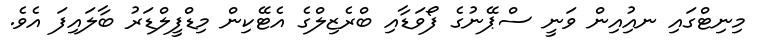
މިނިޓްގައި ނއިުއިން ވަނީ ސްޕޭނުގެ ފޯވަޑާއި ބްރެޒިލްގެ އެޓޭކިން މިޑްފީލްޑަރު ބާލައިފަ އެވެ.